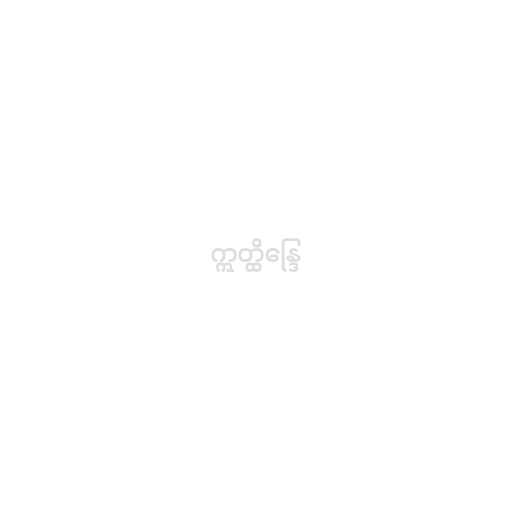
ဣတ္ထိန္ဒြေ